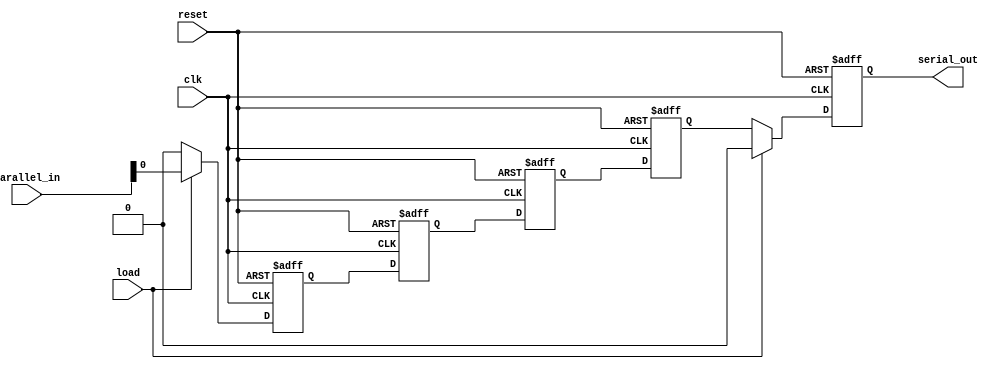
module parameterized_shift_register #(
    parameter WIDTH = 8,   // Number of bits in the shift register
    parameter DEPTH = 4    // Number of stages (or registers)
)(
    input wire clk,                // Clock signal
    input wire reset,              // Asynchronous reset signal
    input wire load,               // Load signal
    input wire [WIDTH-1:0] parallel_in, // Parallel input data
    output reg serial_out          // Serial output
);

    // Internal register array to hold the shift register stages
    reg [WIDTH-1:0] shift_reg [0:DEPTH-1];

    integer i;

    always @(posedge clk or posedge reset) begin
        if (reset) begin
            // Clear all stages of the shift register
            for (i = 0; i < DEPTH; i = i + 1) begin
                shift_reg[i] <= {WIDTH{1'b0}};
            end
            serial_out <= 1'b0; // Clear serial output
        end else if (load) begin
            // Load parallel input into the first stage
            shift_reg[0] <= parallel_in;
            // Shift the rest of the stages
            for (i = 1; i < DEPTH; i = i + 1) begin
                shift_reg[i] <= shift_reg[i-1];
            end
            serial_out <= 1'b0; // Clear serial output when loading
        end else begin
            // Shift the contents of the register
            serial_out <= shift_reg[DEPTH-1][0]; // Output the LSB of the last stage
            for (i = DEPTH-1; i > 0; i = i - 1) begin
                shift_reg[i] <= shift_reg[i-1]; // Shift right
            end
            shift_reg[0] <= {WIDTH{1'b0}}; // Fill MSB with 0
        end
    end

endmodule